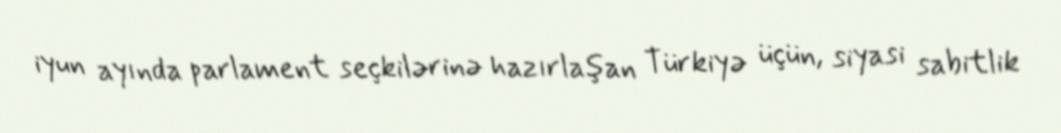
iyun ayında parlament seçkilərinə hazırlaşan Türkiyə üçün, siyasi sabitlik